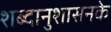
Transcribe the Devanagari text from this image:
शब्दानुशासनके